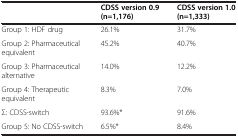
<table><thead><tr><td><b> </b></td><td><b>CDSS version 0.9 (n=1,176)</b></td><td><b>CDSS version 1.0 (n=1,333)</b></td></tr></thead><tbody><tr><td>Group 1: HDF drug</td><td>26.1%</td><td>31.7%</td></tr><tr><td>Group 2: Pharmaceutical equivalent</td><td>45.2%</td><td>40.7%</td></tr><tr><td>Group 3: Pharmaceutical alternative</td><td>14.0%</td><td>12.2%</td></tr><tr><td>Group 4: Therapeutic equivalent</td><td>8.3%</td><td>7.0%</td></tr><tr><td>Σ: CDSS-switch</td><td>93.6%*</td><td>91.6%</td></tr><tr><td>Group 5: No CDSS-switch</td><td>6.5%*</td><td>8.4%</td></tr></tbody></table>